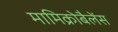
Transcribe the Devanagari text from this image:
मामिक्रोबैलेंस